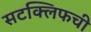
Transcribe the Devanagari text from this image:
सटक्लिफची